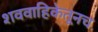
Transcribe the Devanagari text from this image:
शववाहिकेतूनच